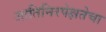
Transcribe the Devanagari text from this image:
जातिनिरपेक्षतेचा